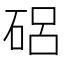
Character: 𥓅